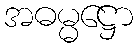
အဓမ္မဋ္ဌော